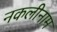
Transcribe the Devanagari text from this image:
नकलीनाम